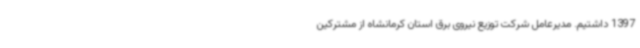
1397 داشتیم. مدیرعامل شرکت توزیع نیروی برق استان کرمانشاه از مشترکین